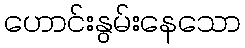
ဟောင်းနွမ်းနေသော